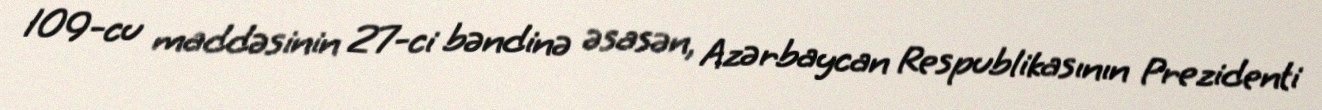
109-cu maddəsinin 27-ci bəndinə əsasən, Azərbaycan Respublikasının Prezidenti